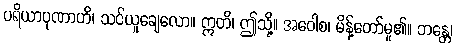
ပရိယာပုဏာဟိ၊ သင်ယူချေလော။ ဣတိ၊ ဤသို့။ အဝေါစ၊ မိန့်တော်မူ၏။ ဘန္တေ၊